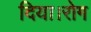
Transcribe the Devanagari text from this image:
दिया।रोग